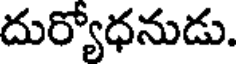
దుర్యోధనుడు.